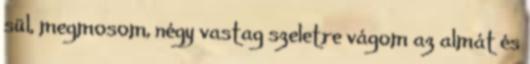
sül, megmosom, négy vastag szeletre vágom az almát és